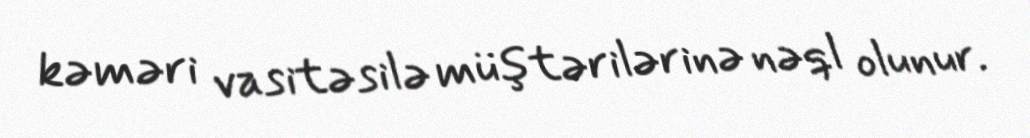
kəməri vasitəsilə müştərilərinə nəql olunur.